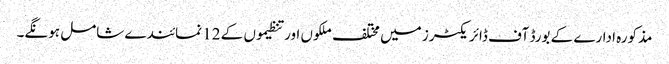
مذکورہ ادارے کے بورڈ آف ڈائریکٹرز میں مختلف ملکوں اور تنظیموں کے 12 نمائندے شامل ہونگے۔